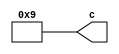
// -------------------------------------------------------------
// 
// 
// Generated by MATLAB 9.14 and HDL Coder 4.1
// 
// -------------------------------------------------------------


// -------------------------------------------------------------
// 
// Module: b0_2_block1
// Source Path: FP_sub/fp model/FIR_section_3/b0_2
// Hierarchy Level: 2
// 
// -------------------------------------------------------------

`timescale 1 ns / 1 ns

module b0_2_block1
          (c);


  output  signed [11:0] c;  // sfix12_En11


  wire signed [11:0] b0_out1;  // sfix12_En11


  assign b0_out1 = 12'sb000000001001;



  assign c = b0_out1;

endmodule  // b0_2_block1